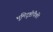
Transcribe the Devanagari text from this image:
भूमिदृष्टीपैकी